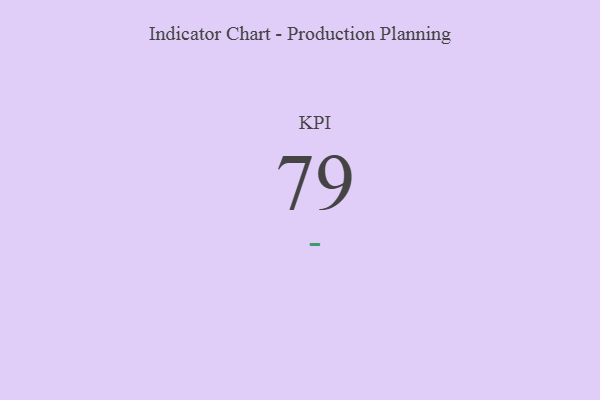
{"axis": {"x": "KPI", "y": "Value"}, "legend": [""], "data": [{"x": "KPI", "y": 79, "type": ""}]}